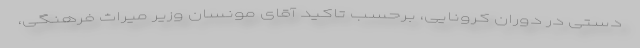
دستی در دوران کرونایی، برحسب تاکید آقای مونسان وزیر میراث فرهنگی،